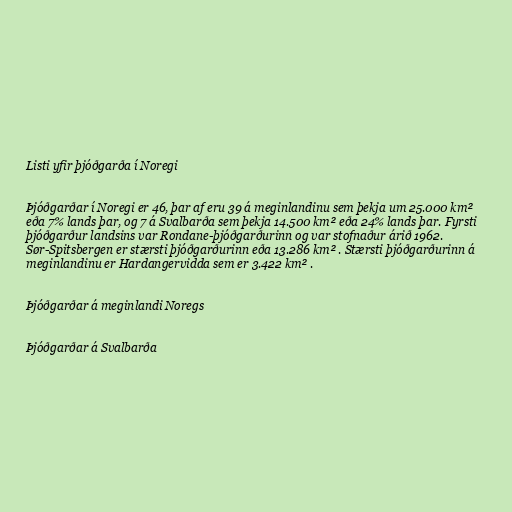
Listi yfir þjóðgarða í Noregi

Þjóðgarðar í Noregi er 46, þar af eru 39 á meginlandinu sem þekja um 25.000 km²
eða 7% lands þar, og 7 á Svalbarða sem þekja 14.500 km² eða 24% lands þar. Fyrsti
þjóðgarður landsins var Rondane-þjóðgarðurinn og var stofnaður árið 1962.
Sør-Spitsbergen er stærsti þjóðgarðurinn eða 13.286 km² . Stærsti þjóðgarðurinn á
meginlandinu er Hardangervidda sem er 3.422 km² .

Þjóðgarðar á meginlandi Noregs

Þjóðgarðar á Svalbarða